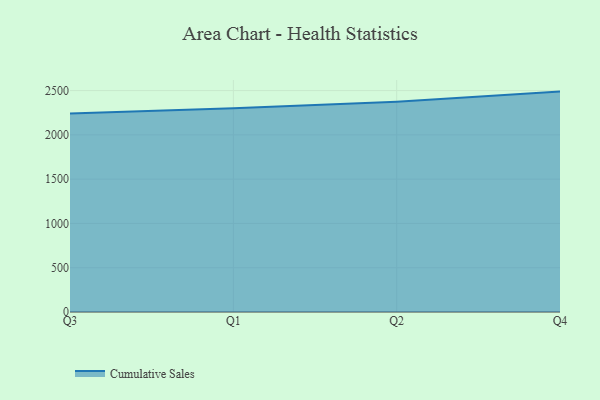
{"axis": {"x": "Quarter", "y": "Budget (USD K)"}, "legend": ["Cumulative Sales"], "data": [{"x": "Q3", "y": 2240.7, "type": "Cumulative Sales"}, {"x": "Q1", "y": 2300.1, "type": "Cumulative Sales"}, {"x": "Q2", "y": 2374.2, "type": "Cumulative Sales"}, {"x": "Q4", "y": 2488.6, "type": "Cumulative Sales"}]}